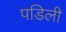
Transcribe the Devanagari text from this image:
पडिली